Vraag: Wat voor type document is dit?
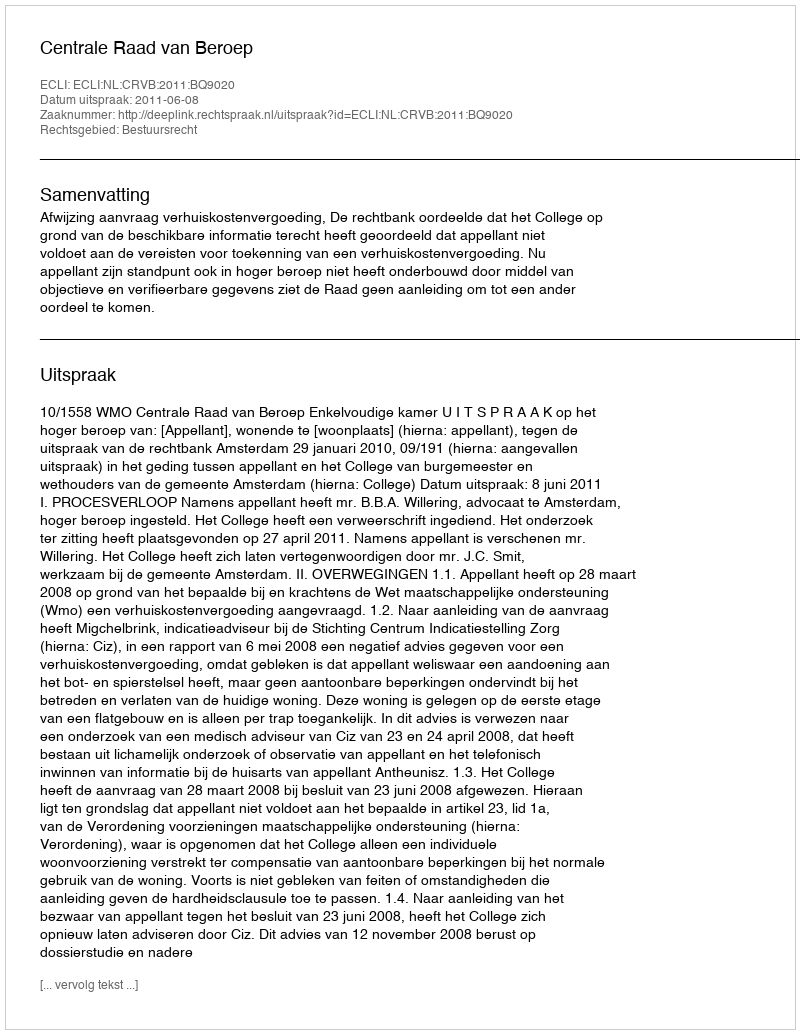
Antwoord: Uitspraak